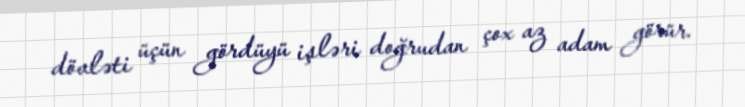
dövləti üçün gördüyü işləri doğrudan çox az adam görür.